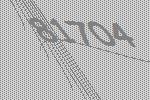
81704